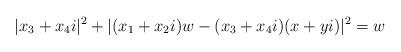
LaTeX: \begin{align*}|x_3+x_4i|^2+|(x_1+x_2i)w-(x_3+x_4i)(x+yi)|^2=w\end{align*}